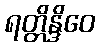
ရတ္တိန္ဒိဝေ